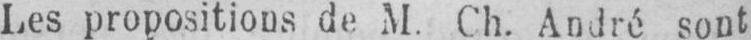
Les propositions de M. Ch. André sont